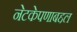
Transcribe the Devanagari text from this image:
नेटकेपणाबद्दल